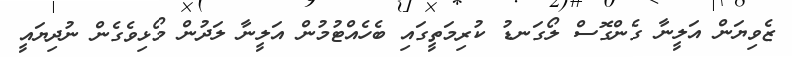
ޒެވިޔަން އަލީނާ ގެންގޮސް ލޯގަނޑު ކުރިމަތީގައި ބެހެއްޓުމުން އަލީނާ ލަދުން މޯޅިވެގެން ނުދިޔައީ